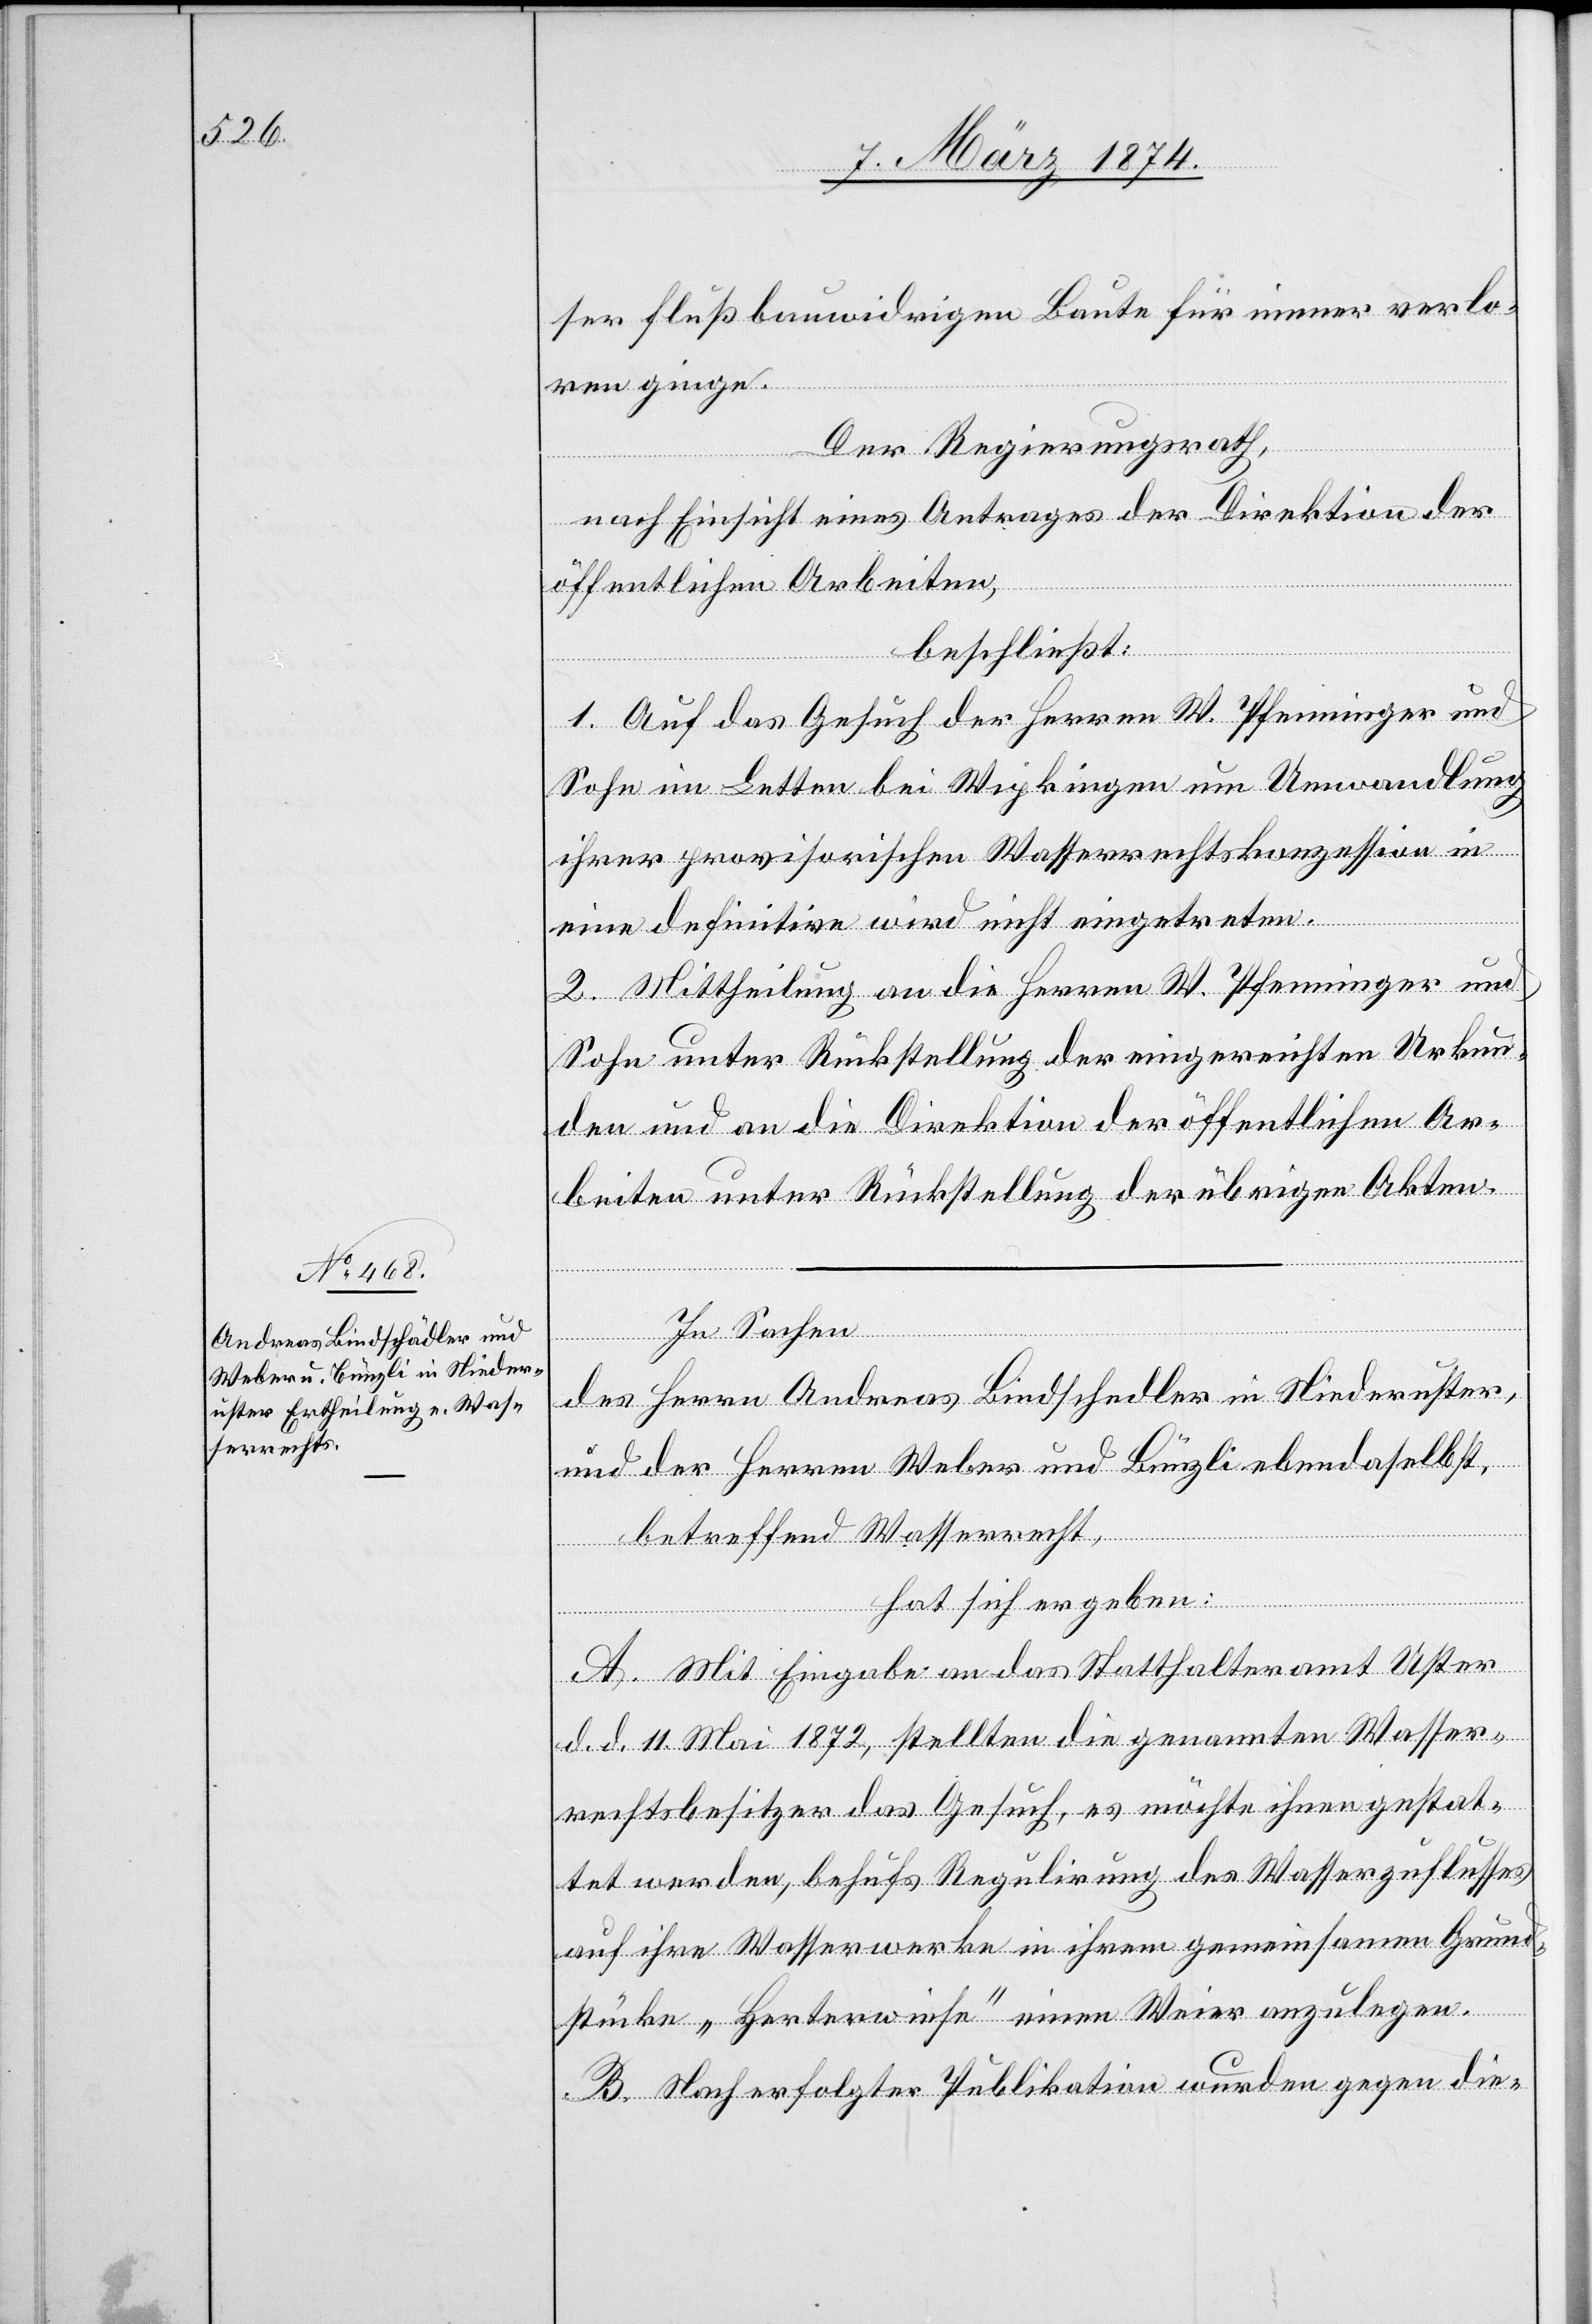
ser flußbauwidrigen Baute für immer verlo¬
ren ginge.
Der Regierungsrath,
nach Einsicht eines Antrages der Direktion der
öffentlichen Arbeiten,
beschließt:
1. Auf das Gesuch der Herren W. Pfenninger und
Sohn im Letten bei Wipkingen um Umwandlung
ihrer provisorischen Wasserrechtskonzession in
eine definitive wird nicht eingetreten.
2. Mittheilung an die Herren W. Pfenninger und
Sohn unter Rückstellung der eingereichten Urkun¬
den und an die Direktion der öffentlichen Ar¬
beiten unter Rückstellung der übrigen Akten.
In Sachen
des Herrn Andreas Bindschedler [sic!] in Niederuster,
und der Herren Weber und Bünzli ebendaselbst,
betreffend Wasserrecht,
hat sich ergeben:
A. Mit Eingabe an das Statthalteramt Uster
d. d. 11. Mai 1872, stellten die genannten Wasser¬
rechtsbesitzer das Gesuch, es möchte ihnen gestat¬
tet werden, behufs Regulirung des Wasserzuflusses
auf ihre Wasserwerke in ihrem gemeinsamen Grund¬
stücke „Hertereiwiese“ einen Weier anzulegen.
B. Nach erfolgter Publikation wurden gegen die-